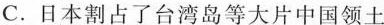
C.日本割占了台湾岛等大片中国领土